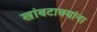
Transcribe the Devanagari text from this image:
खांबटाक्यांना